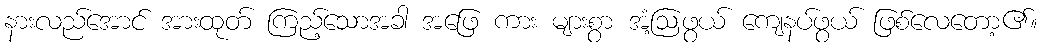
နားလည်အောင် အားထုတ် ကြည့်သောအခါ အဖြေ ကား များစွာ အံ့ဩဖွယ် ကျေနပ်ဖွယ် ဖြစ်လေတော့၏။